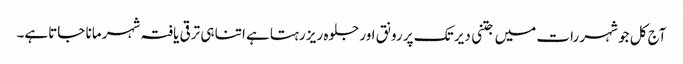
آج کل جو شہر رات میں جتنی دیر تک پر رونق اور جلوہ ریز رہتاہے اتنا ہی ترقی یافتہ شہر مانا جاتاہے۔